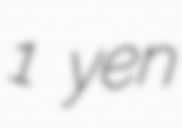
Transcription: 1 yen